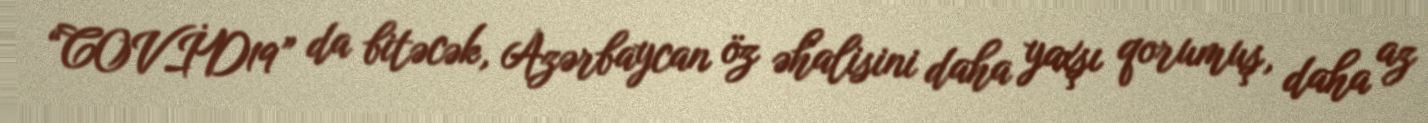
“COVİD19” da bitəcək, Azərbaycan öz əhalisini daha yaxşı qorumuş, daha az